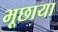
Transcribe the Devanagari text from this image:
भूछाया